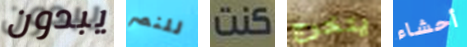
يبدون للنصر كنت يتخرج أحشاء